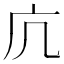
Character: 𭙍